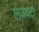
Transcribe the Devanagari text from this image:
लजघटा